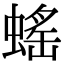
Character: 𧎼